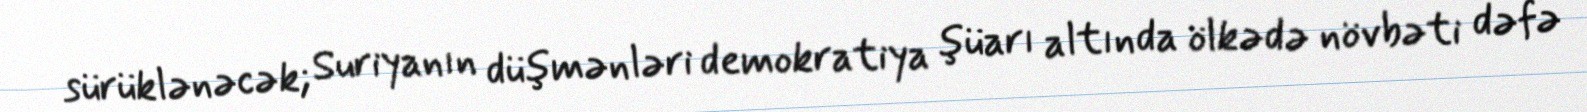
sürüklənəcək; Suriyanın düşmənləri demokratiya şüarı altında ölkədə növbəti dəfə